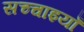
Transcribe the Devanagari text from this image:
सच्चाइयाँ